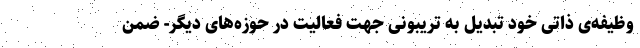
وظیفه‌ی ذاتی خود تبدیل به تریبونی جهت فعالیت در حوزه‌های ديگر- ضمن